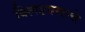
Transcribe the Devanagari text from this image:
क्लिष्टपणाचे